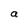
Character: a